Report of the Indian Hemp Drugs Commission, 1894-1895 - Volume IV
Year: 1894
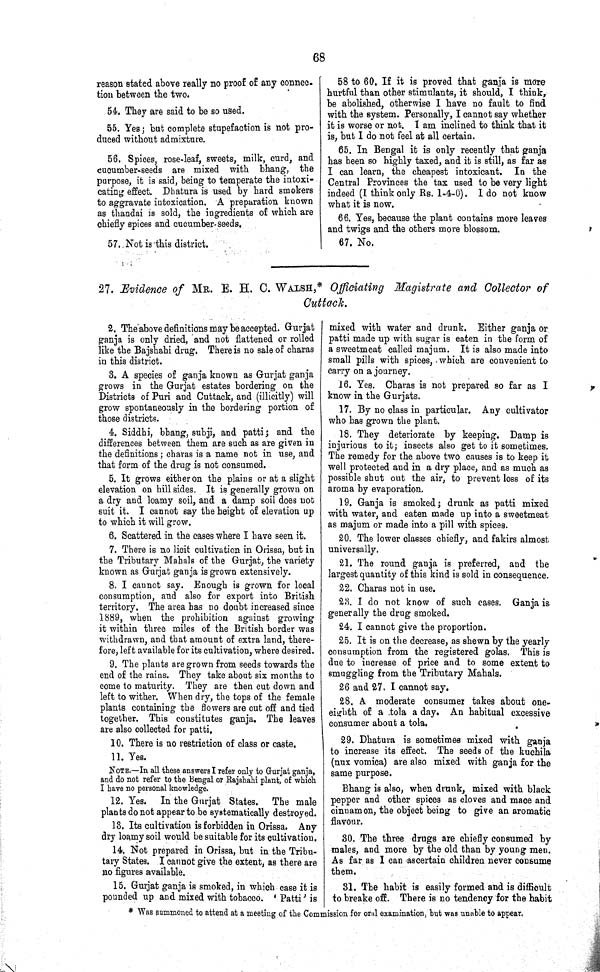
68
reason stated above really no proof of any connec-
tion between the two.
54. They are said to be so used.
55. Yes; but complete stupefaction is not pro¬
duced without admixture.
56. Spices, rose-leaf, sweets, milk, curd, and
cucumber-seeds are mixed with bhang, the
purpose, it is said, being to temperate the intoxi¬
cating effect. Dhatura is used by hard smokers
to aggravate intoxication. A preparation known
as thandai is sold, the ingredients of which are
chiefly spices and cucumber-seeds.
57. Not is this district.
58 to 60. If it is proved that ganja is more
hurtful than other stimulants, it should, I think,
be abolished, otherwise I have no fault to find
with the system. Personally, I cannot say whether
it is worse or not. I am inclined to think that it
is, but I do not feel at all certain.
65. In Bengal it is only recently that ganja
has been so highly taxed, and it is still, as far as
I can learn, the cheapest intoxicant. In the
Central Provinces the tax used to be very light
indeed (I think only Rs. 1-4-0). I do not know
what it is now.
66. Yes, because the plant contains more leaves
and twigs and the others more blossom.
67. No.
27. Evidence of MR. E. H. C. WALSH,* Officiating Magistrate and Collector of
Cuttack.
2. The above definitions may be accepted. Gurjat
ganja is only dried, and not flattened or rolled
like the Bajshahi drug. There is no sale of charas
in this district.
3. A species of ganja known as Gurjat ganja
grows in the Gurjat estates bordering on the
Districts of Puri and Cuttack, and (illicitly) will
grow spontaneously in the bordering portion of
those districts.
4. Siddhi, bhang, subji, and patti; and the
differences between them are such as are given in
the definitions; charas is a name not in use, and
that form of the drug is not consumed.
5. It grows either on the plains or at a slight
elevation on hill sides. It is generally grown on
a dry and loamy soil, and a damp soil does not
suit it. I cannot say the height of elevation up
to which it will grow.
6. Scattered in the cases where I have seen it.
7. There is no licit cultivation in Orissa, but in
the Tributary Mahals of the Gurjat, the variety
known as Gurjat ganja is grown extensively.
8. I cannot say. Enough is grown for local
consumption, and also for export into British
territory. The area has no doubt increased since
1889, when the prohibition against growing
it within three miles of the British border was
withdrawn, and that amount of extra land, there¬
fore, left available for its cultivation, where desired.
9. The plants are grown from seeds towards the
end of the rains. They take about six months to
come to maturity. They are then cut down and
left to wither. When dry, the tops of the female
plants containing the flowers are cut off and tied
together. This constitutes ganja. The leaves
are also collected for patti.
10. There is no restriction of class or caste.
11. Yes.
NOTE.—In all these answers I refer only to Gurjat ganja,
and do not refer to the Bengal or Rajshahi plant, of which
I have no personal knowledge.
12. Yes. In the Gurjat States. The male
plants do not appear to be systematically destroyed.
13. Its cultivation is forbidden in Orissa. Any
dry loamy soil would be suitable for its cultivation.
14. Not prepared in Orissa, but in the Tribu¬
tary States. I cannot give the extent, as there are
no figures available.
15. Gurjat ganja is smoked, in which case it is
pounded up and mixed with tobacco. 'Patti' is
mixed with water and drunk. Either ganja or
patti made up with sugar is eaten in the form of
a sweetmeat called majum. It is also made into
small pills with spices, which are convenient to
carry on a journey.
16. Yes. Charas is not prepared so far as I
know in the Gurjats.
17. By no class in particular. Any cultivator
who has grown the plant.
18. They deteriorate by keeping. Damp is
injurious to it; insects also get to it sometimes.
The remedy for the above two causes is to keep it
well protected and in a dry place, and as much as
possible shut out the air, to prevent loss of its
aroma by evaporation.
19. Ganja is smoked; drunk as patti mixed
with water, and eaten made up into a sweetmeat
as majum or made into a pill with spices.
20. The lower classes chiefly, and fakirs almost
universally.
21. The round ganja is preferred, and the
largest quantity of this kind is sold in consequence.
22. Charas not in use.
23. I do not know of such cases. Ganja is
generally the drug smoked.
24. I cannot give the proportion.
25. It is on the decrease, as shewn by the yearly
consumption from the registered golas. This is
due to increase of price and to some extent to
smuggling from the Tributary Mahals.
26 and 27. I cannot say.
28. A moderate consumer takes about one-
eighth of a tola a day. An habitual excessive
consumer about a tola.
29. Dhatura is sometimes mixed with ganja
to increase its effect. The seeds of the kuchila
(nux vomica) are also mixed with ganja for the
same purpose.
Bhang is also, when drunk, mixed with black
pepper and other spices as cloves and mace and
cinnamon, the object being to give an aromatic
flavour.
30. The three drugs are chiefly consumed by
males, and more by the old than by young men.
As far as I can ascertain children never consume
them.
31. The habit is easily formed and is difficult
to breake off. There is no tendency for the habit
*Was summoned to attend at a meeting of the Commission for oral examination, but was unable to appear.